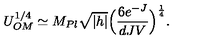
U _ { O M } ^ { 1 / 4 } \simeq M _ { P l } \sqrt { | h | } \Big ( \frac { 6 e ^ { - J } } { d J V } \Big ) ^ { \frac { 1 } { 4 } } .